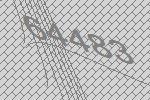
64483